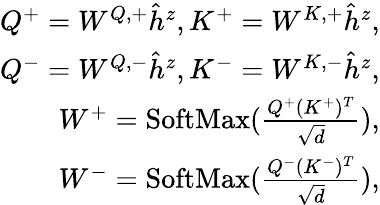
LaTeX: \begin{array}{r}{Q^{+}=W^{Q,+}\hat{h}^{z},K^{+}=W^{K,+}\hat{h}^{z},}\\ {Q^{-}=W^{Q,-}\hat{h}^{z},K^{-}=W^{K,-}\hat{h}^{z},}\\ {W^{+}=\mathrm{SoftMax}(\frac{Q^{+}(K^{+})^{T}}{\sqrt{d}}),}\\ {W^{-}=\mathrm{SoftMax}(\frac{Q^{-}(K^{-})^{T}}{\sqrt{d}}),}\end{array}